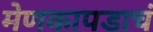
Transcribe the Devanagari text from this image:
मेणकापडाचं